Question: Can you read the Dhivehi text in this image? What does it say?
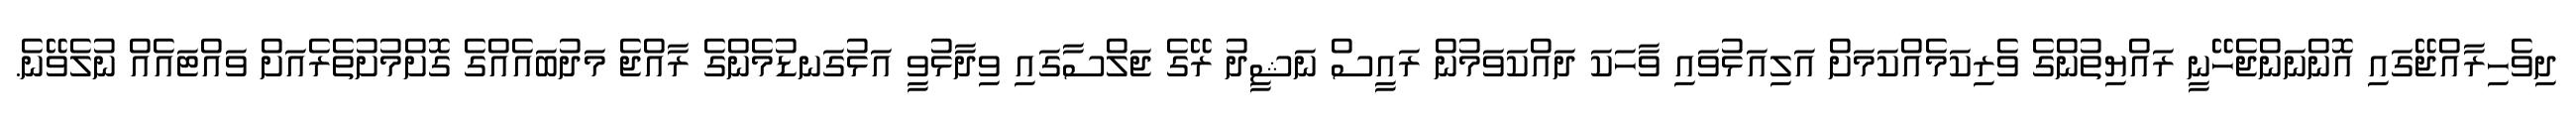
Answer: ދިވެހިރާއްޖޭގައި އޮންނަންޖެހޭނީ ރައްޔިތުންގެ ވެރިކަމެއްކަމަށް އަލިއަޅުވައި ވާހަކަ ދައްކަވަމުން ރައީސް ނަޝީދު ރޭގެ ޖަލްސާގައި ވިދާޅުވީ އަޅުގަނޑުމެންގެ ރާއްޖެ މަދުބައެއްގެ ގޮށްމުށުތެރެއަށް ވައްޓައެއް ނުލެވޭނެ.